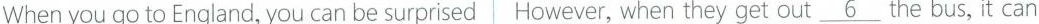
Whenyou go to England, you can be surprised However, when they get out \underline{6} the bus, it can